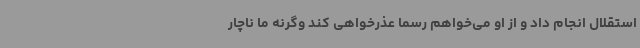
استقلال انجام داد و از او می‌خواهم رسما عذرخواهی کند وگرنه ما ناچار